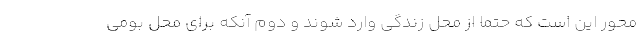
محور این است که حتما از محل زندگی وارد شوند و دوم آنکه برای محل بومی